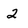
Character: 2